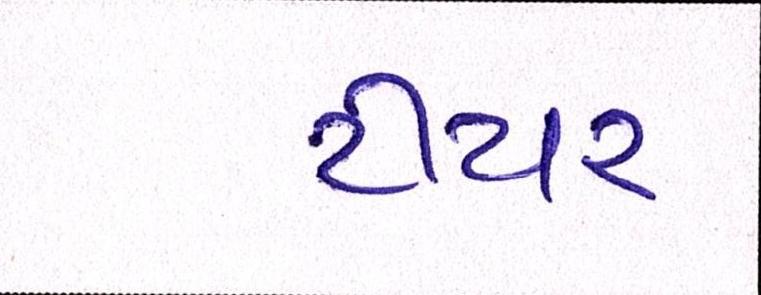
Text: ટીયર